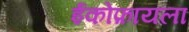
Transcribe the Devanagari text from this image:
ईकोफ़ायला